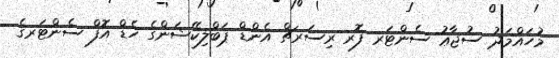
މުހައްމަދު ސުޖާޢު ސެންޓަރ ފޮރ ރިސަރޗް އެންޑް ޕަބްލިކޭޝަންގެ ހެޑް އޮފް ސެންޓަރގެ